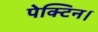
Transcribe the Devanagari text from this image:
पेक्टिन।